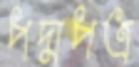
পদ্মপত্র